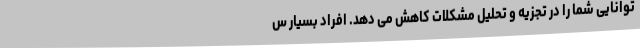
توانایی شما را در تجزیه و تحلیل مشکلات کاهش می دهد. افراد بسیار س